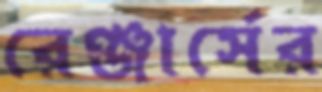
রেঞ্জার্সের